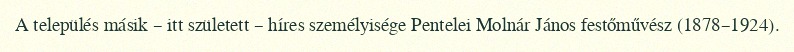
A település másik – itt született – híres személyisége Pentelei Molnár János festőművész (1878–1924).